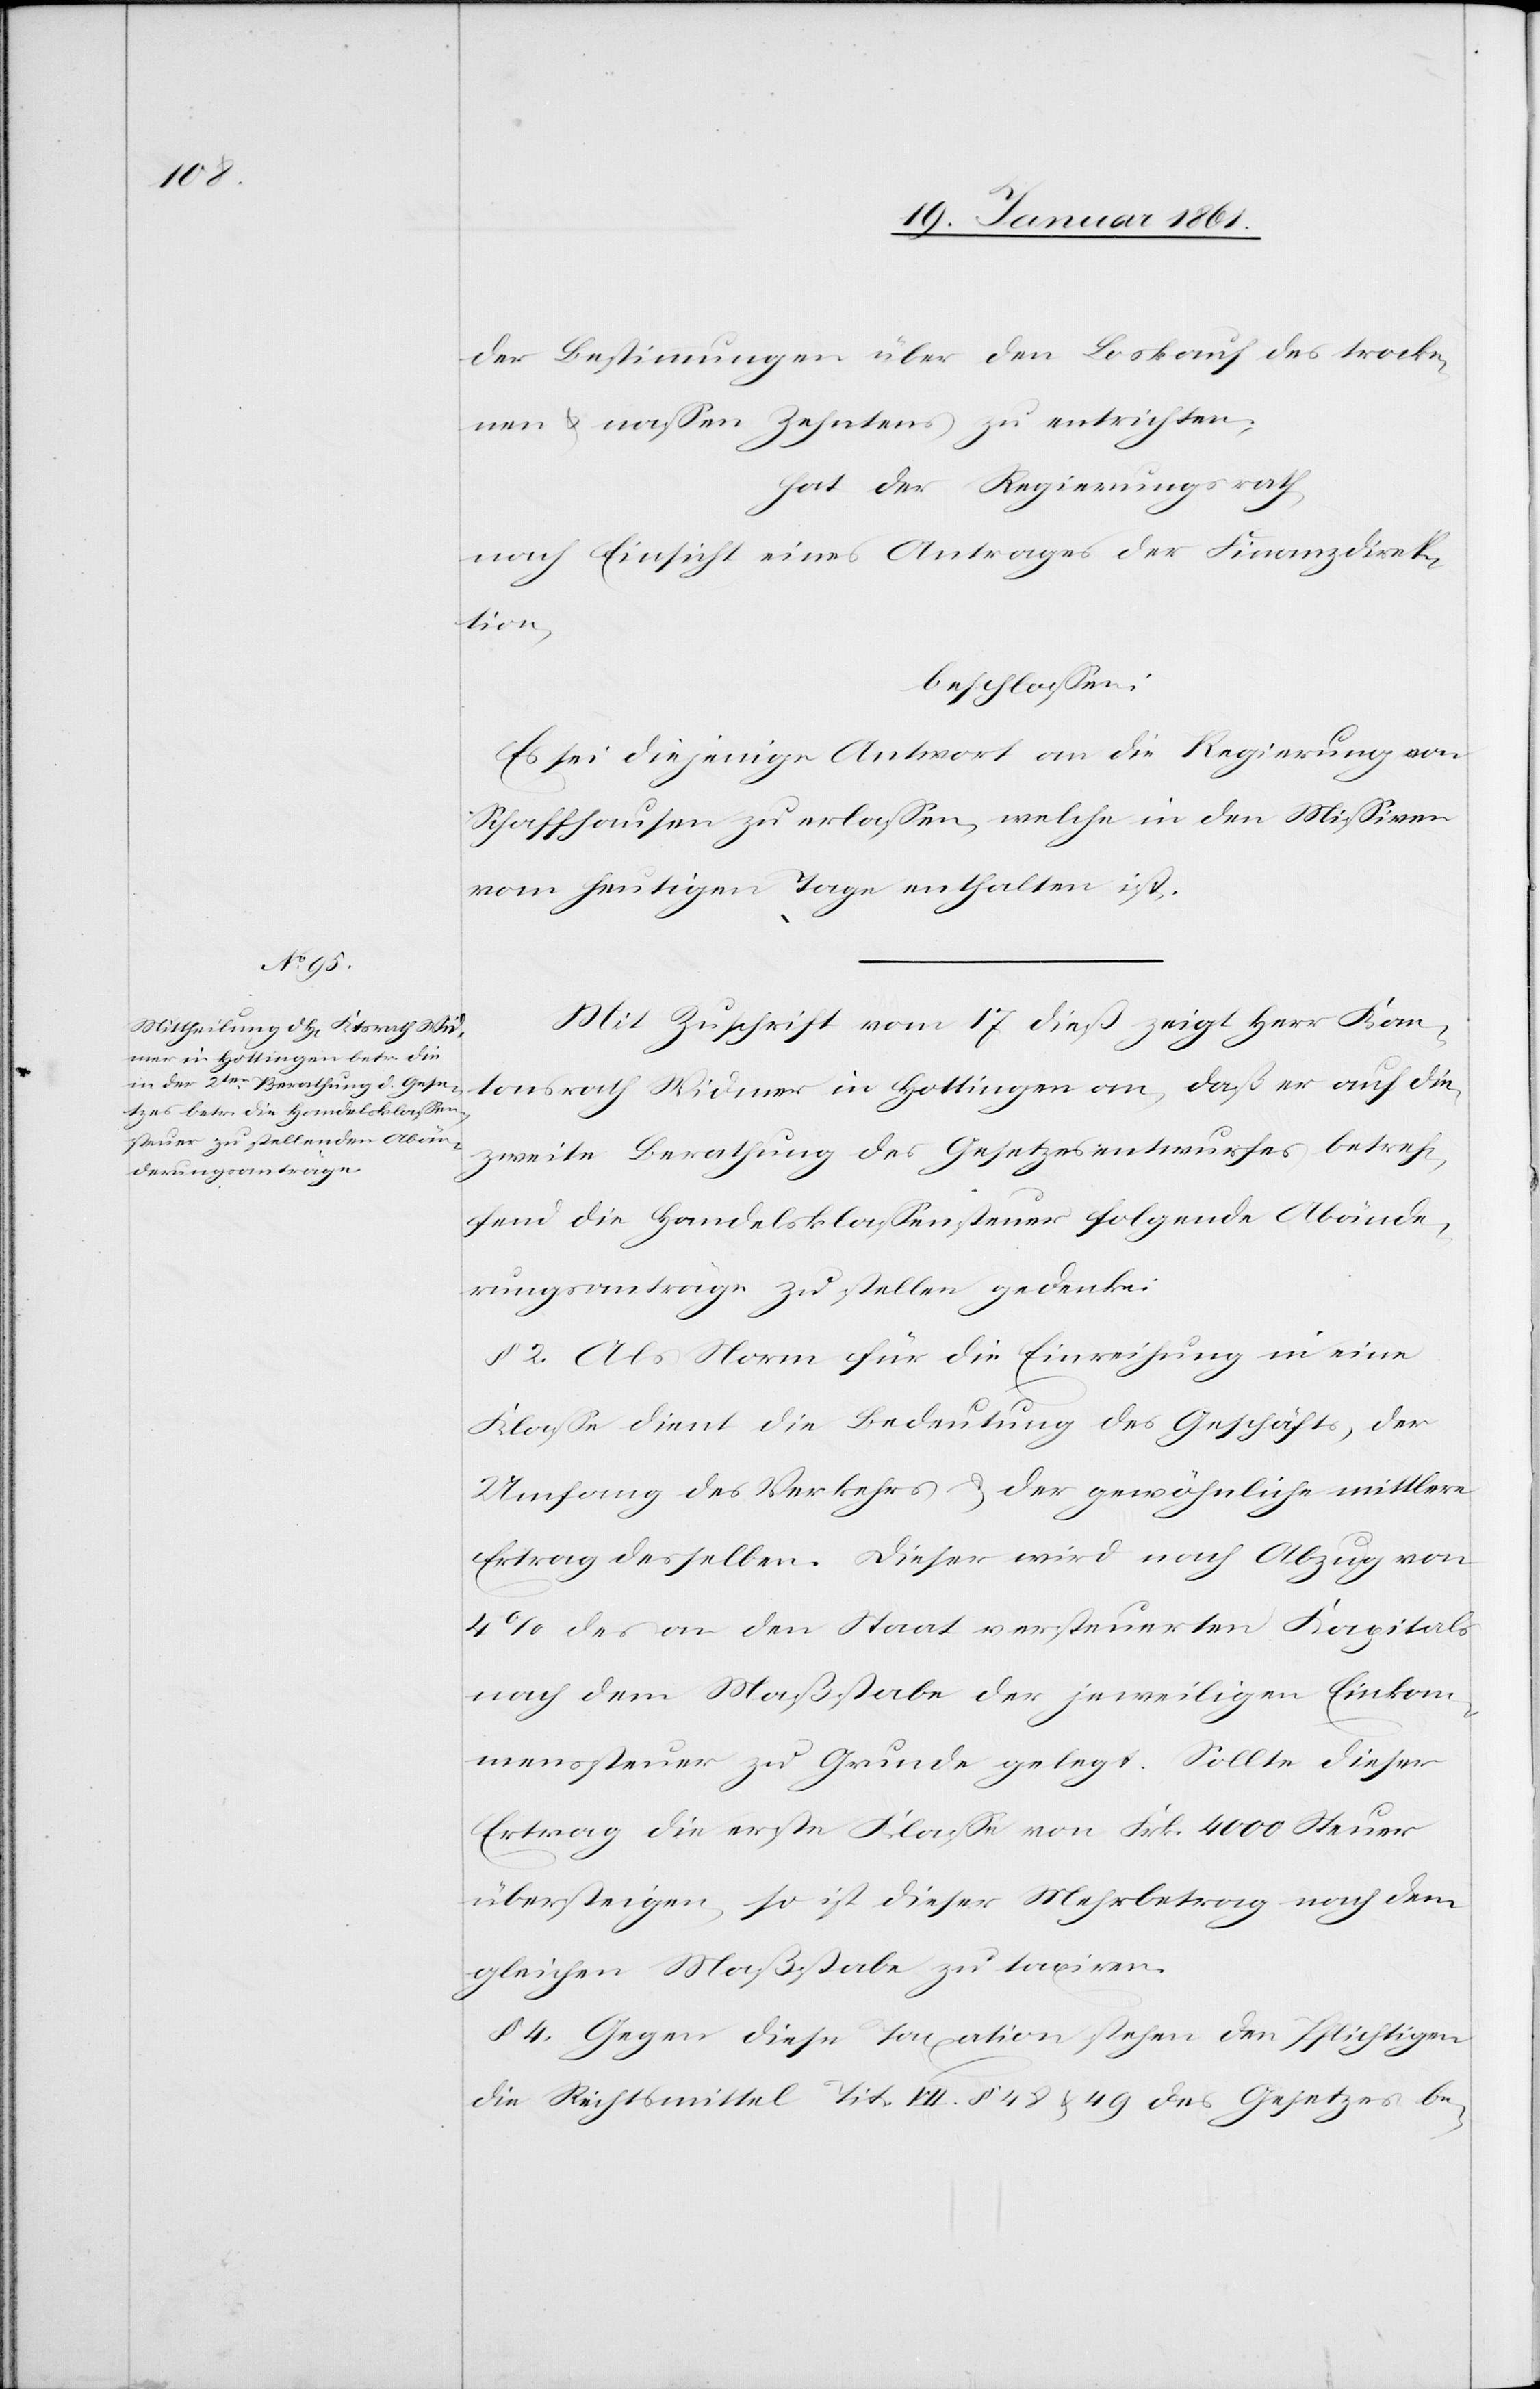
der Bestimmungen über den Loskauf des trocke¬
nen u. nassen Zehntens zu entrichten;
hat der Regierungsrath,
nach Einsicht eines Antrages der Finanzdirek¬
tion,
beschlossen:
Es sei diejenige Antwort an die Regierung von
Schaffhausen zu erlassen, welche in den Missiven
vom heutigen Tage enthalten ist.
Mit Zuschrift vom 17. diess zeigt Herr Kan¬
tonsrath Widmer in Hottingen an, daß er auf die
zweite Berathung des Gesetzesentwurfes betref¬
fend die Handelsklassensteuer folgende Abände¬
rungsanträge zu stellen gedenke:
§. 2. Als Norm für die Einreihung in eine
Klasse dient die Bedeutung des Geschäfts, der
Umfang des Verkehrs u. der gewöhnliche mittlere
Ertrag desselben. Dieser wird nach Abzug von
4% des an den Staat versteuerten Kapitals
nach dem Maßstabe der jeweiligen Einkom¬
mensteuer zu Grunde gelegt. Sollte dieser
Ertrag die erste Klasse von Frk. 4000 Steuer
übersteigen, so ist dieser Mehrbetrag nach dem
gleichen Maßstabe zu taxiren.
§. 4. Gegen diese Taxation stehen den Pflichtigen
die Rechtsmittel Tit. VII. §. 48 u. 49 des Gesetzes be-